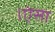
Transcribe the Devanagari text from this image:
।ऐसा